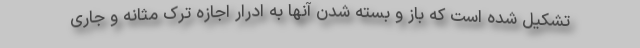
تشکیل شده است که باز و بسته شدن آنها به ادرار اجازه ترک مثانه و جاری